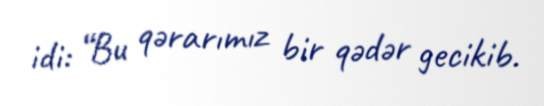
idi: “Bu qərarımız bir qədər gecikib.